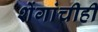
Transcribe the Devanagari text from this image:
शेंगांचीही